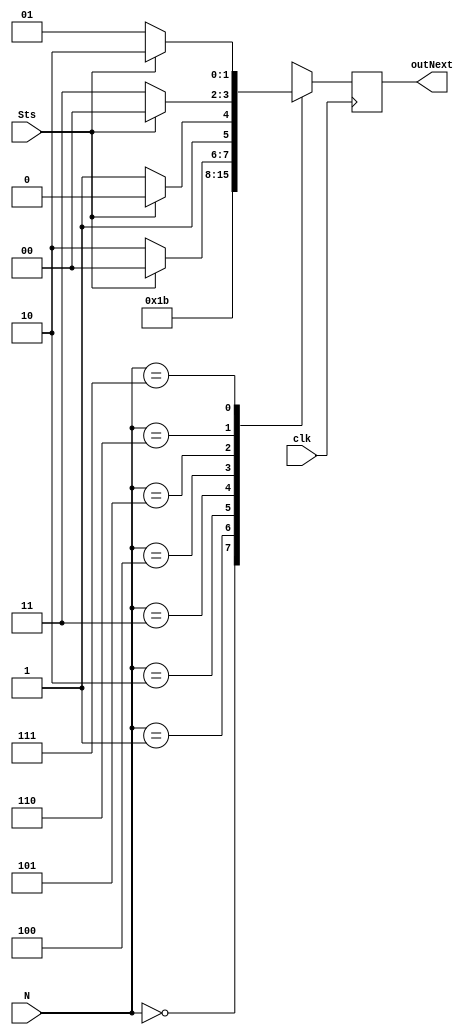
/* Module of Next State Adress Selector for the Control Unit
   Programmed by: Lianne Snchez Rodrguez
   Phase 3 
   Professor: Nestor Rodrguez 
*/
module nextStateAdressSelector(output reg [1:0] outNext, input [2:0] N, input Sts, input clk);
	initial begin
	 	outNext <= 2'b01;
	end
	always @(posedge clk)
		begin
			#10;
			case(N)
				3'b000: begin
					 outNext <= 2'b00;	// Encoder	
				end
				3'b001:	begin
					 outNext <= 2'b01;	// 1
				end
				3'b010:	begin
					 outNext <= 2'b10;	// Control Register
				end
				3'b011:	begin
					outNext <= 2'b11;	// Incrementer
				end
				3'b100:	begin
					
							if(Sts)
								begin
									outNext <= 2'b00;	// Encoder
								end
							else
								begin
									outNext <= 2'b10;	// Control Register 
								end
						end 
				3'b101: begin
					
							if(Sts)
								begin
									outNext <= 2'b10;	// Control Register 
								end
							else
								begin
									outNext <= 2'b11;	// Incrementer
								end
						end 
				3'b110:	begin
					
							if(Sts)
								begin
									outNext <= 2'b00;	// Encoder
								end
							else
								begin
									outNext <= 2'b11;	// Incrementer
								end
						end 
				3'b111: begin
					
							if(Sts)
								begin
									outNext <= 2'b10;	// Control Register
								end
							else
								begin
									outNext <= 2'b01;	// 000001
								end
				end
			endcase // N
		end
endmodule

// module nextState; 
// 	// Inputs of ALU
// 	reg [2:0] N;
// 	reg Sts;
// 	reg clk = 0;
// 	//Outputs of ALU module
// 	wire [1:0] result;
// 	//test duration
// 	parameter stop_time = 1090;

// 	nextStateAdressSelector next(result, N, Sts, clk);
// 	initial #stop_time $finish;

// 	initial begin

// 	//ADD
// 	#0 N = 3'b000; Sts = 1'b1; 
// 	#20 N = 3'b010; Sts = 1'b1; 
// 	#40 N = 3'b011; Sts = 1'b1; 
// 	#60 N = 3'b101; Sts = 1'b1; 
// 	//ADDcc

// 	end
// 		initial begin
// 		repeat (500) begin
// 			#10 clk = ~clk;
// 		end
// 	end
// 	initial begin
// 		$display ("\n\nNext State\tN\tSts\t");
// 		$monitor ("%0d\t%b\t%b\t%b", $time, result, N, Sts);
// 	end
	
// endmodule